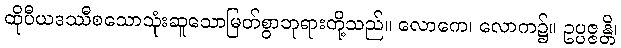
ထိုပီယဒဿီစသောသုံးဆူသောမြတ်စွာဘုရားတို့သည်။ လောကေ၊ လောက၌။ ဥပ္ပဇ္ဇန္တိ၊